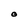
Character: O